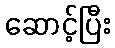
ဆောင့်ပြီး